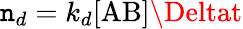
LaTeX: \mathtt{n}_{d}=k_{d}[\mathrm{{AB}}]\Deltat